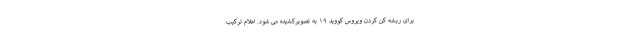
برای ریشه کن کردن ویروس کووید ۱۹ به تصویرکشیده می شود. اعلام ترکیب